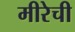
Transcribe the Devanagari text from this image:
मीरेची